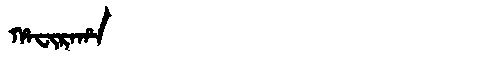
Manchu: ᡥᠠᠸᡳᡵᠠᡥᠠ
Romanization: HAFIRAHA